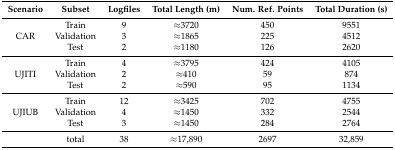
<table><thead><tr><td><b>Scenario</b></td><td><b>Subset</b></td><td><b>Logfiles</b></td><td><b>Total Length (m)</b></td><td><b>Num. Ref. Points</b></td><td><b>Total Duration (s)</b></td></tr></thead><tbody><tr><td rowspan="3">CAR</td><td>Train</td><td>9</td><td>≈3720</td><td>450</td><td>9551</td></tr><tr><td>Validation</td><td>3</td><td>≈1865</td><td>225</td><td>4512</td></tr><tr><td>Test</td><td>2</td><td>≈1180</td><td>126</td><td>2620</td></tr><tr><td rowspan="3">UJITI</td><td>Train</td><td>4</td><td>≈3795</td><td>424</td><td>4105</td></tr><tr><td>Validation</td><td>2</td><td>≈410</td><td>59</td><td>874</td></tr><tr><td>Test</td><td>2</td><td>≈590</td><td>95</td><td>1134</td></tr><tr><td rowspan="3">UJIUB</td><td>Train</td><td>12</td><td>≈3425</td><td>702</td><td>4755</td></tr><tr><td>Validation</td><td>4</td><td>≈1450</td><td>332</td><td>2544</td></tr><tr><td>Test</td><td>3</td><td>≈1450</td><td>284</td><td>2764</td></tr><tr><td></td><td>total</td><td>38</td><td>≈17,890</td><td>2697</td><td>32,859</td></tr></tbody></table>